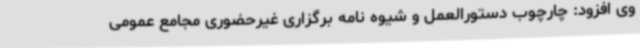
وی افزود: چارچوب دستورالعمل و شیوه نامه برگزاری غیرحضوری مجامع عمومی